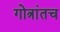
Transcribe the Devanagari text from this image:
गोत्रांतच